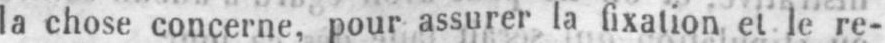
la chose concerne, pour assurer la fixation et le re-